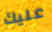
عليك